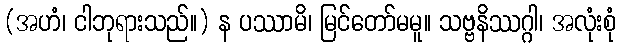
(အဟံ၊ ငါဘုရားသည်။) န ပဿာမိ၊ မြင်တော်မမူ။ သဗ္ဗနိဿဂ္ဂါ၊ အလုံးစုံ